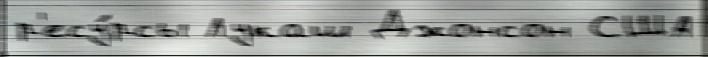
р'есу́рсы Лукаш Джонсон США